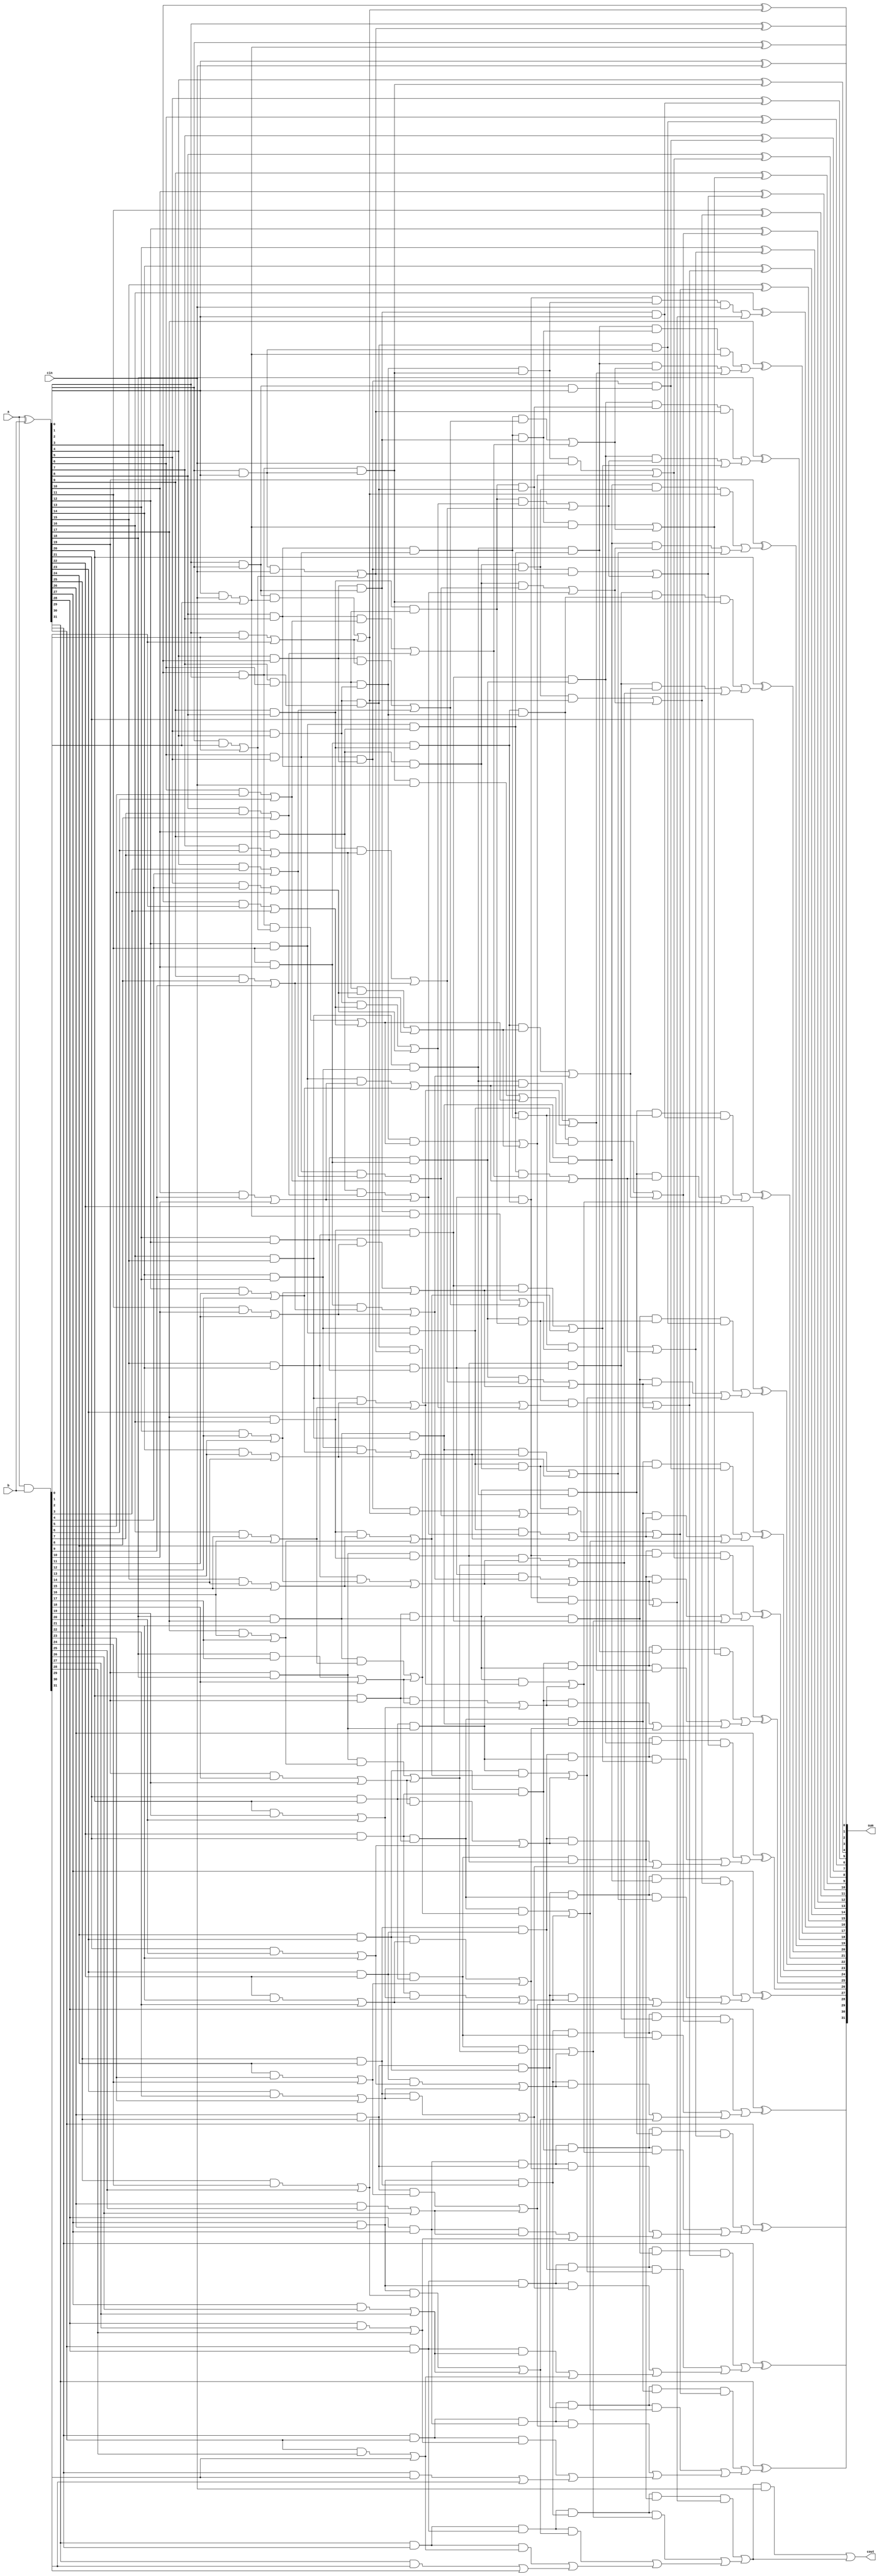
`timescale 1ns / 1ps
//////////////////////////////////////////////////////////////////////////////////
// Company: 
// Engineer: 
// 
// Design Name: 
// Module Name:    ksa32 
// Project Name: 
// Target Devices: 
// Tool versions: 
// Description: 
//
// Dependencies: 
//
// Revision: 
// Revision 0.01 - File Created
// Additional Comments: 
//
//////////////////////////////////////////////////////////////////////////////////
module ksa32(
    input [31:0] a,
    input [31:0] b,
    input cin,
    output [31:0] sum,
    output cout
    );
wire [31:0] p,g,cp,cg,ccg,ccp,cccg,cccp,ccccg,ccccp,cccccg,c;

assign p=a^b;
assign g=a&b;

assign cg[0]=(p[0]&cin) |g[0];
assign cp[0]=(p[0]);
assign cg[1]=(p[1]&g[0])|g[1];
assign cp[1]=(p[1]&p[0]);
assign cg[2]=(p[2]&g[1])|g[2];
assign cp[2]=p[2]&p[1];
assign cg[3]=(p[3]&g[2])|g[3];
assign cp[3]=p[3]&p[2];
assign cg[4]=(p[4]&g[3])|g[4];
assign cp[4]=p[4]&p[3];
assign cg[5]=(p[5]&g[4])|g[5];
assign cp[5]=p[5]&p[4];
assign cg[6]=(p[6]&g[5])|g[6];
assign cp[6]=p[6]&p[5];
assign cg[7]=(p[7]&g[6])|g[7];
assign cp[7]=p[7]&p[6];
assign cg[8]=(p[8]&g[7])|g[8];
assign cp[8]=p[8]&p[7];
assign cg[9]=(p[9]&g[8])|g[9];
assign cp[9]=p[9]&p[8];
assign cg[10]=(p[10]&g[9])|g[10];
assign cp[10]=p[10]&p[9];
assign cg[11]=(p[11]&g[10])|g[11];
assign cp[11]=p[11]&p[10];
assign cg[12]=(p[12]&g[11])|g[12];
assign cp[12]=p[12]&p[11];
assign cg[13]=(p[13]&g[12])|g[13];
assign cp[13]=p[13]&p[12];
assign cg[14]=(p[14]&g[13])|g[14];
assign cp[14]=p[14]&p[13];
assign cg[15]=(p[15]&g[14])|g[15];
assign cp[15]=p[15]&p[14];
assign cg[16]=(p[16]&g[15])|g[16];
assign cp[16]=p[16]&p[15];
assign cg[17]=(p[17]&g[16])|g[17];
assign cp[17]=p[17]&p[16];
assign cg[18]=(p[18]&g[17])|g[18];
assign cp[18]=p[18]&p[17];
assign cg[19]=(p[19]&g[18])|g[19];
assign cp[19]=p[19]&p[18];
assign cg[20]=(p[20]&g[19])|g[20];
assign cp[20]=p[20]&p[19];
assign cg[21]=(p[21]&g[20])|g[21];
assign cp[21]=p[21]&p[20];
assign cg[22]=(p[22]&g[21])|g[22];
assign cp[22]=p[22]&p[21];
assign cg[23]=(p[23]&g[22])|g[23];
assign cp[23]=p[23]&p[22];
assign cg[24]=(p[24]&g[23])|g[24];
assign cp[24]=p[24]&p[23];
assign cg[25]=(p[25]&g[24])|g[25];
assign cp[25]=p[25]&p[24];
assign cg[26]=(p[26]&g[25])|g[26];
assign cp[26]=p[26]&p[25];
assign cg[27]=(p[27]&g[26])|g[27];
assign cp[27]=p[27]&p[26];
assign cg[28]=(p[28]&g[27])|g[28];
assign cp[28]=p[28]&p[27];
assign cg[29]=(p[29]&g[28])|g[29];
assign cp[29]=p[29]&p[28];
assign cg[30]=(p[30]&g[29])|g[30];
assign cp[30]=p[30]&p[29];
assign cg[31]=(p[31]&g[30])|g[31];
assign cp[31]=p[31]&p[30];



assign ccg[0]=cg[0];
assign ccp[0]=cp[0];
assign ccg[1]=(cp[1]&cin) | cg[1];
assign ccp[1]=cp[1];
assign ccg[2]=(cp[2]&cg[0])|cg[2];
assign ccp[2]=cp[2]&cp[0];
assign ccg[3]=(cp[3]&cg[1])|cg[3];
assign ccp[3]=cp[3]&cp[1];
assign ccg[4]=(cp[4]&cg[2])|cg[4];
assign ccp[4]=cp[4]&cp[2];
assign ccg[5]=(cp[5]&cg[3])|cg[5];
assign ccp[5]=cp[5]&cp[3];
assign ccg[6]=(cp[6]&cg[4])|cg[6];
assign ccp[6]=cp[6]&cp[4];
assign ccg[7]=(cp[7]&cg[5])|cg[7];
assign ccp[7]=cp[7]&cp[5];
assign ccg[8]=(cp[8]&cg[6])|cg[8];
assign ccp[8]=cp[8]&cp[6];
assign ccg[9]=(cp[9]&cg[7])|cg[9];
assign ccp[9]=cp[9]&cp[7];
assign ccg[10]=(cp[10]&cg[8])|cg[10];
assign ccp[10]=cp[10]&cp[8];
assign ccg[11]=(cp[11]&cg[9])|cg[11];
assign ccp[11]=cp[11]&cp[9];
assign ccg[12]=(cp[12]&cg[10])|cg[12];
assign ccp[12]=cp[12]&cp[10];
assign ccg[13]=(cp[13]&cg[11])|cg[13];
assign ccp[13]=cp[13]&cp[11];
assign ccg[14]=(cp[14]&cg[12])|cg[14];
assign ccp[14]=cp[14]&cp[12];
assign ccg[15]=(cp[15]&cg[13])|cg[15];
assign ccp[15]=cp[15]&cp[13];
assign ccg[16]=(cp[16]&cg[14])|cg[16];
assign ccp[16]=cp[16]&cp[14];
assign ccg[17]=(cp[17]&cg[15])|cg[17];
assign ccp[17]=cp[17]&cp[15];
assign ccg[18]=(cp[18]&cg[16])|cg[18];
assign ccp[18]=cp[18]&cp[16];
assign ccg[19]=(cp[19]&cg[17])|cg[19];
assign ccp[19]=cp[19]&cp[17];
assign ccg[20]=(cp[20]&cg[18])|cg[20];
assign ccp[20]=cp[20]&cp[18];
assign ccg[21]=(cp[21]&cg[19])|cg[21];
assign ccp[21]=cp[21]&cp[19];
assign ccg[22]=(cp[22]&cg[20])|cg[22];
assign ccp[22]=cp[22]&cp[20];
assign ccg[23]=(cp[23]&cg[21])|cg[23];
assign ccp[23]=cp[23]&cp[21];
assign ccg[24]=(cp[24]&cg[22])|cg[24];
assign ccp[24]=cp[24]&cp[22];
assign ccg[25]=(cp[25]&cg[23])|cg[25];
assign ccp[25]=cp[25]&cp[23];
assign ccg[26]=(cp[26]&cg[24])|cg[26];
assign ccp[26]=cp[26]&cp[24];
assign ccg[27]=(cp[27]&cg[25])|cg[27];
assign ccp[27]=cp[27]&cp[25];
assign ccg[28]=(cp[28]&cg[26])|cg[28];
assign ccp[28]=cp[28]&cp[26];
assign ccg[29]=(cp[29]&cg[27])|cg[29];
assign ccp[29]=cp[29]&cp[27];
assign ccg[30]=(cp[30]&cg[28])|cg[30];
assign ccp[30]=cp[30]&cp[28];
assign ccg[31]=(cp[31]&cg[29])|cg[31];
assign ccp[31]=cp[31]&cp[29];



assign cccg[0]=ccg[0];
assign cccp[0]=ccp[0];
assign cccg[1]=ccg[1];
assign cccp[1]=ccp[1];
assign cccg[2]=ccg[2];
assign cccp[2]=ccp[2];
assign cccg[3]=(ccp[3]&cin) | ccg[3];
assign cccp[3]=ccp[3];
assign cccg[4]=(ccp[4]&ccg[0])|ccg[4];
assign cccp[4]=ccp[4]&ccp[0];
assign cccg[5]=(ccp[5]&ccg[1])|ccg[5];
assign cccp[5]=ccp[5]&ccp[1];
assign cccg[6]=(ccp[6]&ccg[2])|ccg[6];
assign cccp[6]=ccp[6]&ccp[2];
assign cccg[7]=(ccp[7]&ccg[3])|ccg[7];
assign cccp[7]=ccp[7]&ccp[3];
assign cccg[8]=(ccp[8]&ccg[4])|ccg[8];
assign cccp[8]=ccp[8]&ccp[4];
assign cccg[9]=(ccp[9]&ccg[5])|ccg[9];
assign cccp[9]=ccp[9]&ccp[5];
assign cccg[10]=(ccp[10]&ccg[6])|ccg[10];
assign cccp[10]=ccp[10]&ccp[6];
assign cccg[11]=(ccp[11]&ccg[7])|ccg[11];
assign cccp[11]=ccp[11]&ccp[7];
assign cccg[12]=(ccp[12]&ccg[8])|ccg[12];
assign cccp[12]=ccp[12]&ccp[8];
assign cccg[13]=(ccp[13]&ccg[9])|ccg[13];
assign cccp[13]=ccp[13]&ccp[9];
assign cccg[14]=(ccp[14]&ccg[10])|ccg[14];
assign cccp[14]=ccp[14]&ccp[10];
assign cccg[15]=(ccp[15]&ccg[11])|ccg[15];
assign cccp[15]=ccp[15]&ccp[11];
assign cccg[16]=(ccp[16]&ccg[12])|ccg[16];
assign cccp[16]=ccp[16]&ccp[12];
assign cccg[17]=(ccp[17]&ccg[13])|ccg[17];
assign cccp[17]=ccp[17]&ccp[13];
assign cccg[18]=(ccp[18]&ccg[14])|ccg[18];
assign cccp[18]=ccp[18]&ccp[14];
assign cccg[19]=(ccp[19]&ccg[15])|ccg[19];
assign cccp[19]=ccp[19]&ccp[15];
assign cccg[20]=(ccp[20]&ccg[16])|ccg[20];
assign cccp[20]=ccp[20]&ccp[16];
assign cccg[21]=(ccp[21]&ccg[17])|ccg[21];
assign cccp[21]=ccp[21]&ccp[17];
assign cccg[22]=(ccp[22]&ccg[18])|ccg[22];
assign cccp[22]=ccp[22]&ccp[18];
assign cccg[23]=(ccp[23]&ccg[19])|ccg[23];
assign cccp[23]=ccp[23]&ccp[19];
assign cccg[24]=(ccp[24]&ccg[20])|ccg[24];
assign cccp[24]=ccp[24]&ccp[20];
assign cccg[25]=(ccp[25]&ccg[21])|ccg[25];
assign cccp[25]=ccp[25]&ccp[21];
assign cccg[26]=(ccp[26]&ccg[22])|ccg[26];
assign cccp[26]=ccp[26]&ccp[22];
assign cccg[27]=(ccp[27]&ccg[23])|ccg[27];
assign cccp[27]=ccp[27]&ccp[23];
assign cccg[28]=(ccp[28]&ccg[24])|ccg[28];
assign cccp[28]=ccp[28]&ccp[24];
assign cccg[29]=(ccp[29]&ccg[25])|ccg[29];
assign cccp[29]=ccp[29]&ccp[25];
assign cccg[30]=(ccp[30]&ccg[26])|ccg[30];
assign cccp[30]=ccp[30]&ccp[26];
assign cccg[31]=(ccp[31]&ccg[27])|ccg[31];
assign cccp[31]=ccp[31]&ccp[27];

assign ccccg[0]=cccg[0];
assign ccccp[0]=cccp[0];
assign ccccg[1]=cccg[1];
assign ccccp[1]=cccp[1];
assign ccccg[2]=cccg[2];
assign ccccp[2]=cccp[2];
assign ccccg[3]=cccp[3];
assign ccccp[3]=cccp[3];
assign ccccg[4]=cccp[4];
assign ccccp[4]=cccp[4];
assign ccccg[5]=cccp[5];
assign ccccp[5]=cccp[5];
assign ccccg[6]=cccp[6];
assign ccccp[6]=cccp[6];
assign ccccg[7]=(cccp[7]&cin)|cccg[7];
assign ccccp[7]=cccp[7];
assign ccccg[8]=(cccp[8]&cccg[0])|cccg[8];
assign ccccp[8]=cccp[8]&cccp[0];
assign ccccg[9]=(cccp[9]&cccg[1])|cccg[9];
assign ccccp[9]=cccp[9]&cccp[1];
assign ccccg[10]=(cccp[10]&cccg[2])|cccg[10];
assign ccccp[10]=cccp[10]&cccp[2];
assign ccccg[11]=(cccp[11]&cccg[3])|cccg[11];
assign ccccp[11]=cccp[11]&cccp[3];
assign ccccg[12]=(cccp[12]&cccg[4])|cccg[12];
assign ccccp[12]=cccp[12]&cccp[4];
assign ccccg[13]=(cccp[13]&cccg[5])|cccg[13];
assign ccccp[13]=cccp[13]&cccp[5];
assign ccccg[14]=(cccp[14]&cccg[6])|cccg[14];
assign ccccp[14]=cccp[14]&cccp[6];
assign ccccg[15]=(cccp[15]&cccg[7])|cccg[15];
assign ccccp[15]=cccp[15]&cccp[7];
assign ccccg[16]=(cccp[16]&cccg[8])|cccg[16];
assign ccccp[16]=cccp[16]&cccp[8];
assign ccccg[17]=(cccp[17]&cccg[9])|cccg[17];
assign ccccp[17]=cccp[17]&cccp[9];
assign ccccg[18]=(cccp[18]&cccg[10])|cccg[18];
assign ccccp[18]=cccp[18]&cccp[10];
assign ccccg[19]=(cccp[19]&cccg[11])|cccg[19];
assign ccccp[19]=cccp[19]&cccp[11];
assign ccccg[20]=(cccp[20]&cccg[12])|cccg[20];
assign ccccp[20]=cccp[20]&cccp[12];
assign ccccg[21]=(cccp[21]&cccg[13])|cccg[21];
assign ccccp[21]=cccp[21]&cccp[13];
assign ccccg[22]=(cccp[22]&cccg[14])|cccg[22];
assign ccccp[22]=cccp[22]&cccp[14];
assign ccccg[23]=(cccp[23]&cccg[15])|cccg[23];
assign ccccp[23]=cccp[23]&cccp[15];
assign ccccg[24]=(cccp[24]&cccg[16])|cccg[24];
assign ccccp[24]=cccp[24]&cccp[16];
assign ccccg[25]=(cccp[25]&cccg[17])|cccg[25];
assign ccccp[25]=cccp[25]&cccp[17];
assign ccccg[26]=(cccp[26]&cccg[18])|cccg[26];
assign ccccp[26]=cccp[26]&cccp[18];
assign ccccg[27]=(cccp[27]&cccg[19])|cccg[27];
assign ccccp[27]=cccp[27]&cccp[19];
assign ccccg[28]=(cccp[28]&cccg[20])|cccg[28];
assign ccccp[28]=cccp[28]&cccp[20];
assign ccccg[29]=(cccp[29]&cccg[21])|cccg[29];
assign ccccp[29]=cccp[29]&cccp[21];
assign ccccg[30]=(cccp[30]&cccg[22])|cccg[30];
assign ccccp[30]=cccp[30]&cccp[22];
assign ccccg[31]=(cccp[31]&cccg[23])|cccg[31];
assign ccccp[31]=cccp[31]&cccp[23];




assign cccccg[0]=ccccg[0];

assign cccccg[1]=ccccg[1];

assign cccccg[2]=ccccg[2];

assign cccccg[3]=ccccg[3];

assign cccccg[4]=ccccg[4];

assign cccccg[5]=ccccg[5];

assign cccccg[6]=ccccg[6];

assign cccccg[7]=ccccg[7];

assign cccccg[8]=ccccg[8];

assign cccccg[9]=ccccg[9];

assign cccccg[10]=ccccg[10];

assign cccccg[11]=ccccg[11];

assign cccccg[12]=ccccg[12];

assign cccccg[13]=ccccg[13];

assign cccccg[14]=ccccg[14];

assign cccccg[15]=(ccccp[15]&cin)|ccccg[15];

assign cccccg[16]=(ccccp[16]&ccccg[0])|ccccg[16];

assign cccccg[17]=(ccccp[17]&ccccg[1])|ccccg[17];

assign cccccg[18]=(ccccp[18]&ccccg[2])|ccccg[18];

assign cccccg[19]=(ccccp[19]&ccccg[3])|ccccg[19];

assign cccccg[20]=(ccccp[20]&ccccg[4])|ccccg[20];

assign cccccg[21]=(ccccp[21]&ccccg[5])|ccccg[21];

assign cccccg[22]=(ccccp[22]&ccccg[6])|ccccg[22];

assign cccccg[23]=(ccccp[23]&ccccg[7])|ccccg[23];

assign cccccg[24]=(ccccp[24]&ccccg[8])|ccccg[24];

assign cccccg[25]=(ccccp[25]&ccccg[9])|ccccg[25];

assign cccccg[26]=(ccccp[26]&ccccg[10])|ccccg[26];

assign cccccg[27]=(ccccp[27]&ccccg[11])|ccccg[27];

assign cccccg[28]=(ccccp[28]&ccccg[12])|ccccg[28];

assign cccccg[29]=(ccccp[29]&ccccg[13])|ccccg[29];

assign cccccg[30]=(ccccp[30]&ccccg[14])|ccccg[30];

assign cccccg[31]=(ccccp[31]&ccccg[15])|ccccg[31];




assign c=cccccg;
assign sum[0]=p[0]^cin;
assign sum[1]=p[1]^c[0];
assign sum[2]=p[2]^c[1];
assign sum[3]=p[3]^c[2];
assign sum[4]=p[4]^c[3];
assign sum[5]=p[5]^c[4];
assign sum[6]=p[6]^c[5];
assign sum[7]=p[7]^c[6];
assign sum[8]=p[8]^c[7];
assign sum[9]=p[9]^c[8];
assign sum[10]=p[10]^c[9];
assign sum[11]=p[11]^c[10];
assign sum[12]=p[12]^c[11];
assign sum[13]=p[13]^c[12];
assign sum[14]=p[14]^c[13];
assign sum[15]=p[15]^c[14];
assign sum[16]=p[16]^c[15];
assign sum[17]=p[17]^c[16];
assign sum[18]=p[18]^c[17];
assign sum[19]=p[19]^c[18];
assign sum[20]=p[20]^c[19];
assign sum[21]=p[21]^c[20];
assign sum[22]=p[22]^c[21];
assign sum[23]=p[23]^c[22];
assign sum[24]=p[24]^c[23];
assign sum[25]=p[25]^c[24];
assign sum[26]=p[26]^c[25];
assign sum[27]=p[27]^c[26];
assign sum[28]=p[28]^c[27];
assign sum[29]=p[29]^c[28];
assign sum[30]=p[30]^c[29];
assign sum[31]=p[31]^c[30];

assign cout=(cccccg[31]&cin)|cccccg[31];//grey box it with cin


endmodule